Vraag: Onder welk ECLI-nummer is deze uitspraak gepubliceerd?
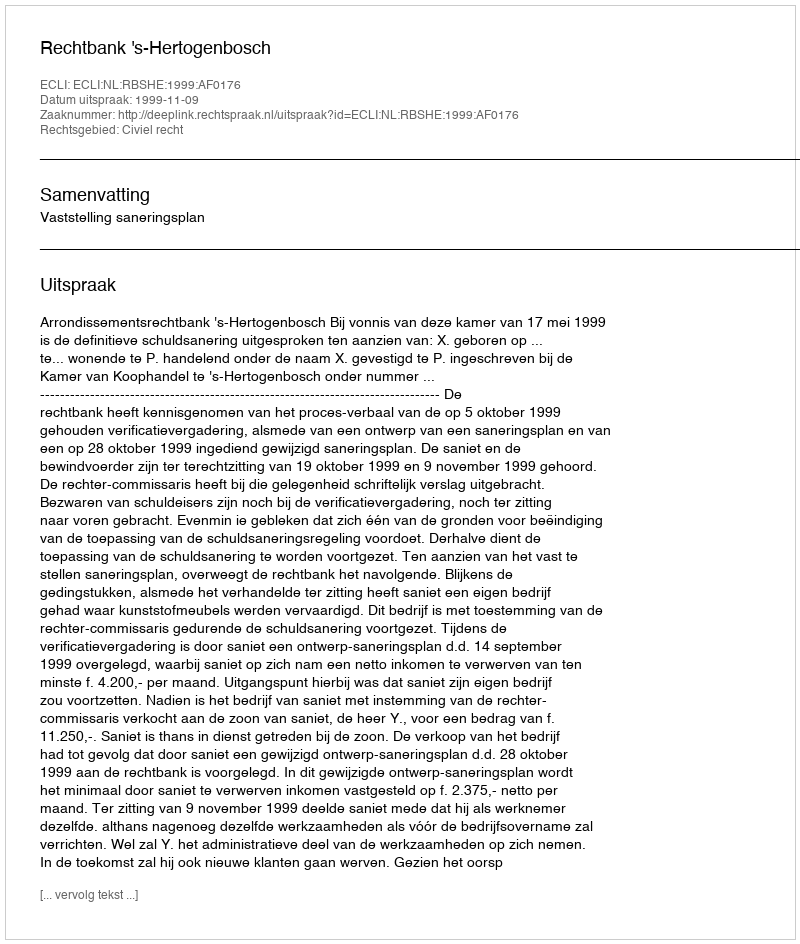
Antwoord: ECLI:NL:RBSHE:1999:AF0176